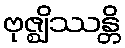
ဗုဇ္ဈိဿန္တိ